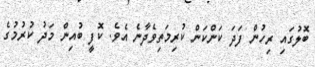
ބޮލުގައި ރިހުން ފަދަ ކަންކަން ކުރިމަތިވެދާނެ އެވެ. ކޮފީ ބުއިން މަދު ކުރުމުގެ